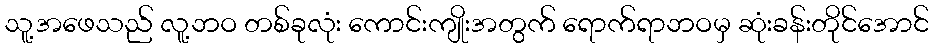
သူ့အဖေသည် လူ့ဘဝ တစ်ခုလုံး ကောင်းကျိုးအတွက် ရောက်ရာဘဝမှ ဆုံးခန်းတိုင်အောင်